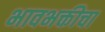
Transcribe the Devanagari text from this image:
भावभक्तीचा